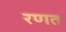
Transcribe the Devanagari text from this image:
रणत